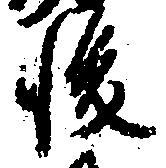
後